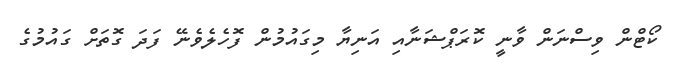
ކޯޓްން ވިސްނަން ވާނީ ކޮރަޕްޝަނާއި އަނިޔާ މިގައުމުން ފޮހެލެވެނޭ ފަދަ ގޮތަށް ގައުމުގެ